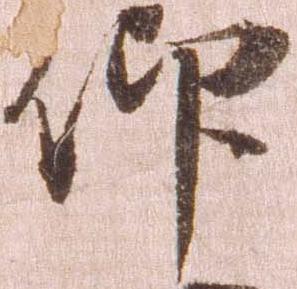
仰